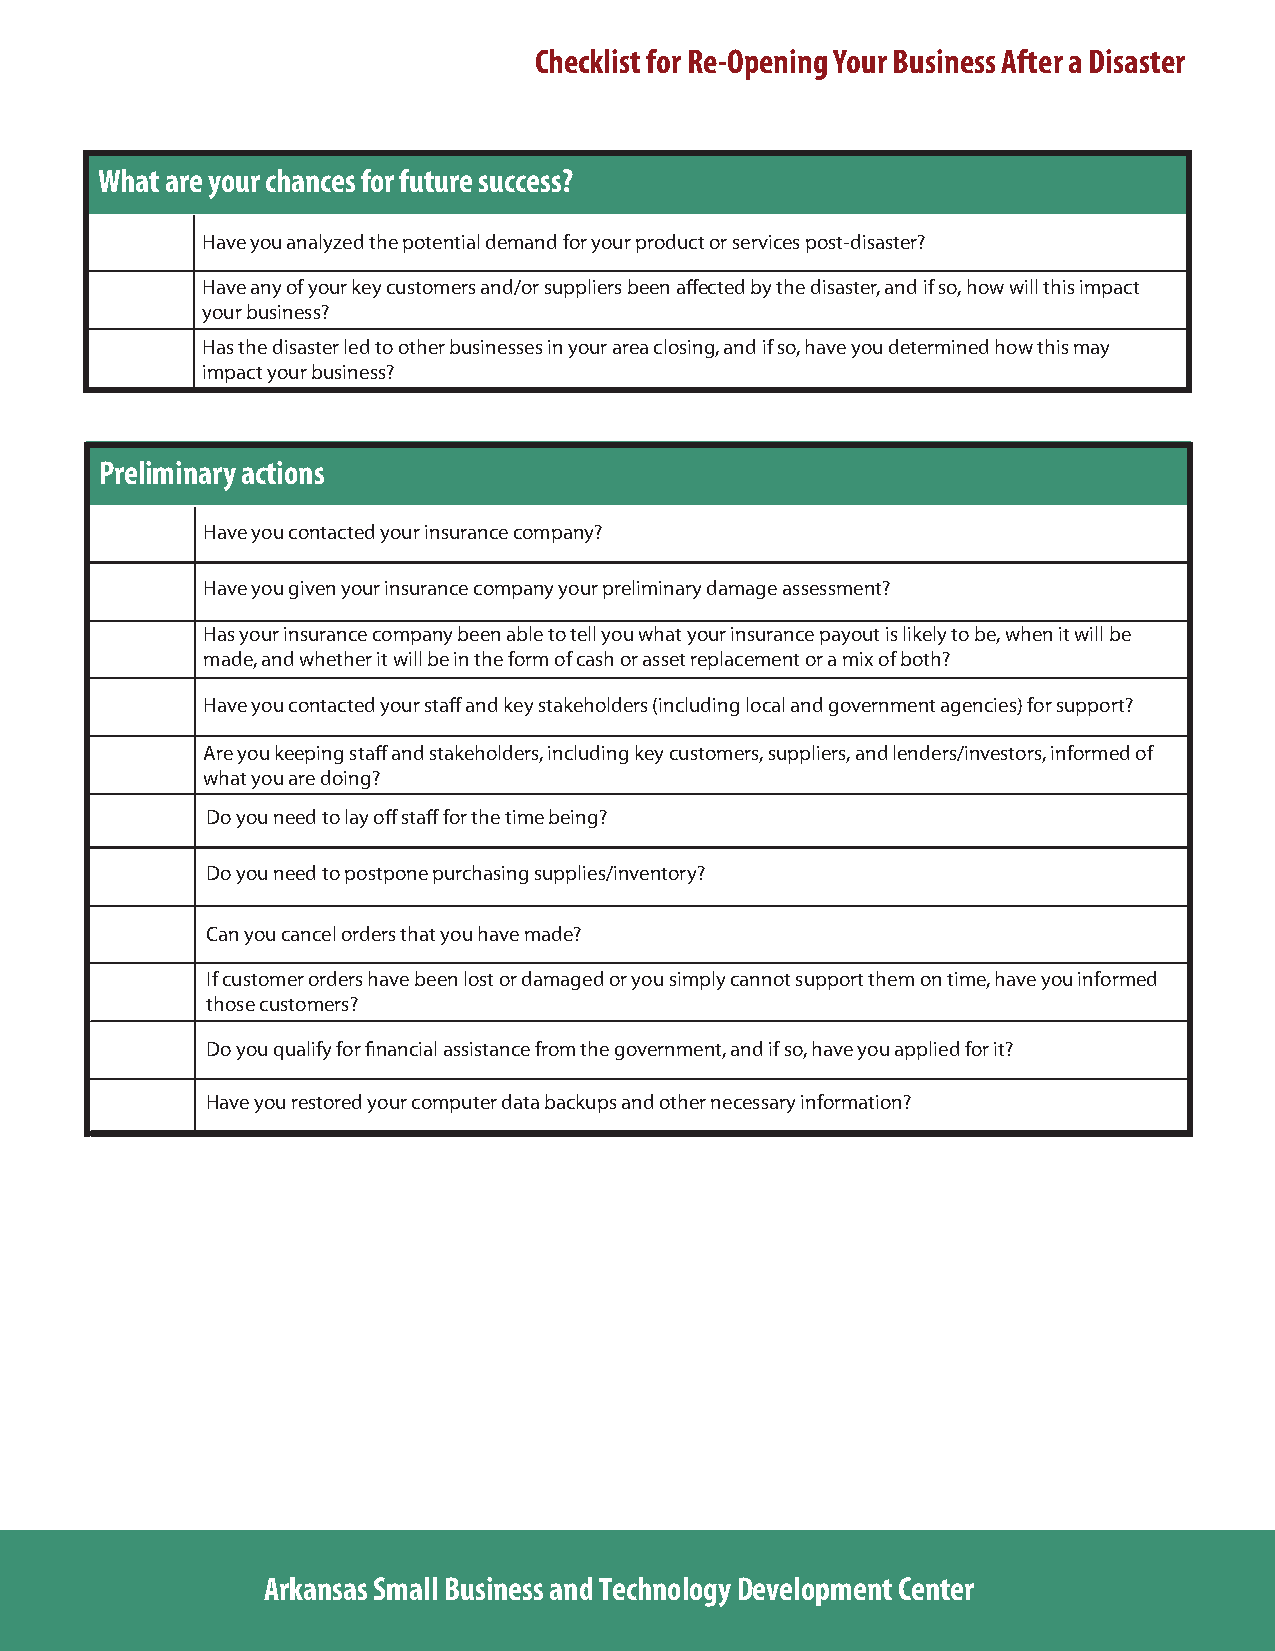
Checklist for Re-Opening Your Business After a Disaster
 What are your chances for future success?
 Have you analyzed the potential demand for your product or services post-disaster?
 Have any of your key customers and/or suppliers been affected by the disaster, and if so, how will this impact
 your business?
 Has the disaster led to other businesses in your area closing, and if so, have you determined how this may
 impact your business?
 Preliminary actions
 Have you contacted your insurance company?
 Have you given your insurance company your preliminary damage assessment?
 Has your insurance company been able to tell you what your insurance payout is likely to be, when it will be
 made, and whether it will be in the form of cash or asset replacement or a mix of both?
 Have you contacted your staff and key stakeholders (including local and government agencies) for support?
 Are you keeping staff and stakeholders, including key customers, suppliers, and lenders/investors, informed of
 what you are doing?
 Do you need to lay off staff for the time being?
 Do you need to postpone purchasing supplies/inventory?
 Can you cancel orders that you have made?
 If customer orders have been lost or damaged or you simply cannot support them on time, have you informed
 those customers?
 Do you qualify for financial assistance from the government, and if so, have you applied for it?
 Have you restored your computer data backups and other necessary information?
 Arkansas Small Business and Technology Development Center